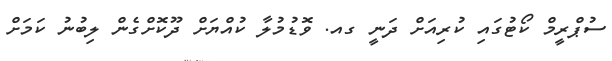
ސުޕްރީމް ކޯޓުގައި ކުރިއަށް ދަނީ ގއ. ވޮޑުމުލާ ކުއްޔަށް ދޫކޮށްގެން ލިބުނު ކަމަށް